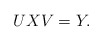
\begin{align*}UXV=Y.\end{align*}